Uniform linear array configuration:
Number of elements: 24
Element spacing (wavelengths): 1
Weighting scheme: binomial
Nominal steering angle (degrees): -60
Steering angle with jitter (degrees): -59.979
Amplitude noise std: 0.05
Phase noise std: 0.05

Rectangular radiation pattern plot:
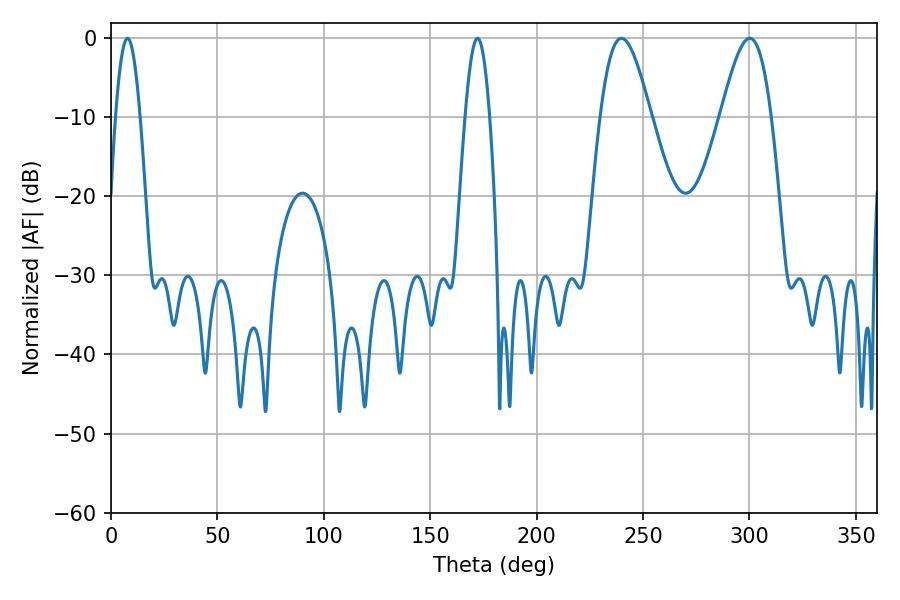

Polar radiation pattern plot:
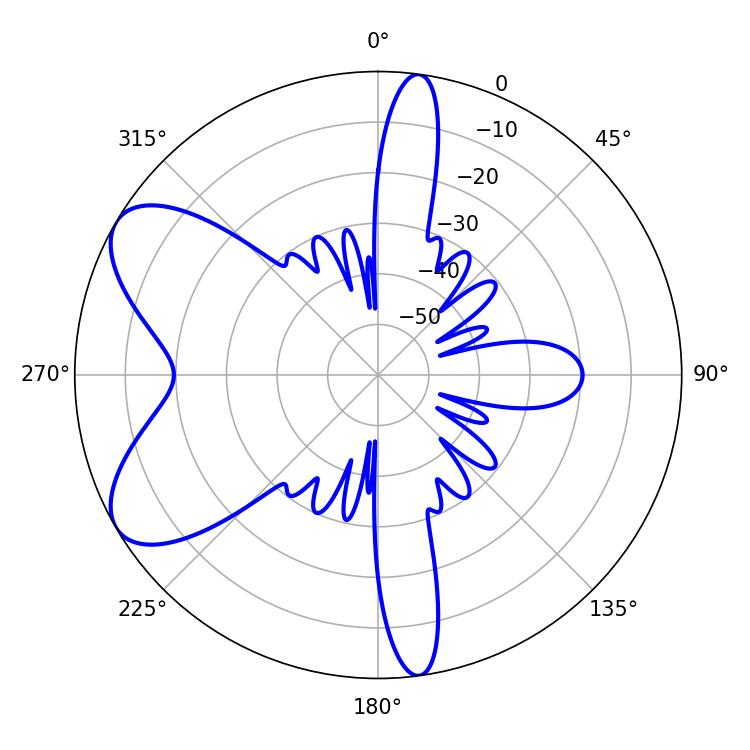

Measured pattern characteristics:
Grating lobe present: TRUE
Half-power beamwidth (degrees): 6.3
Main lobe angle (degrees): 7.74